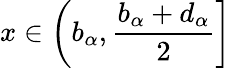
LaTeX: x\in\left(b_{\alpha},\frac{b_{\alpha}+d_{\alpha}}{2}\right]